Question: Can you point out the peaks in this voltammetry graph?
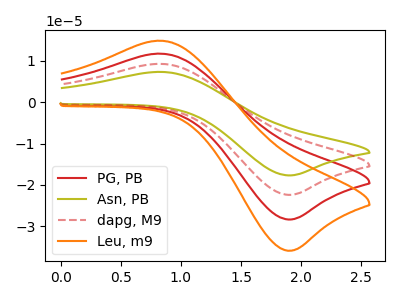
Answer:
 <answer>The red curve "PG, PB" has an anodic peak at (0.85V, 11.75uA) and a cathodic peak at (1.90V, -28.40uA). The olive curve "Asn, PB" has an anodic peak at (0.85V, 35.25uA) and a cathodic peak at (1.90V, -85.15uA). The red dashed curve "dapg, M9" has an anodic peak at (0.85V, 23.50uA) and a cathodic peak at (1.90V, -56.75uA). The orange curve "Leu, m9" has an anodic peak at (0.85V, 14.90uA) and a cathodic peak at (1.90V, -35.95uA).</answer>
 <eval></eval>